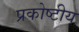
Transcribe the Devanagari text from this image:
प्रकोष्टीय